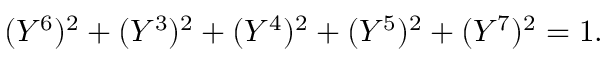
( Y ^ { 6 } ) ^ { 2 } + ( Y ^ { 3 } ) ^ { 2 } + ( Y ^ { 4 } ) ^ { 2 } + ( Y ^ { 5 } ) ^ { 2 } + ( Y ^ { 7 } ) ^ { 2 } = 1 .